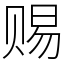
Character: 赐